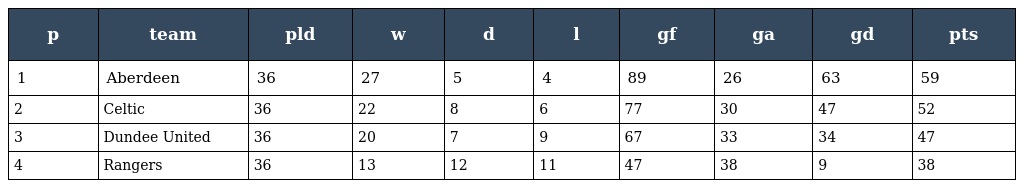
| p | team | pld | w | d | l | gf | ga | gd | pts |
 | --- | --- | --- | --- | --- | --- | --- | --- | --- | --- |
 | 1 | Aberdeen | 36 | 27 | 5 | 4 | 89 | 26 | 63 | 59 |
 | 2 | Celtic | 36 | 22 | 8 | 6 | 77 | 30 | 47 | 52 |
 | 3 | Dundee United | 36 | 20 | 7 | 9 | 67 | 33 | 34 | 47 |
 | 4 | Rangers | 36 | 13 | 12 | 11 | 47 | 38 | 9 | 38 |